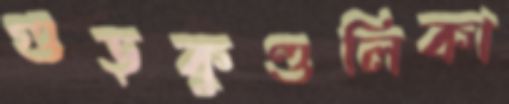
গুড়কুণ্ডলিকা